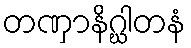
တဏှာနိဂ္ဃါတနံ